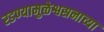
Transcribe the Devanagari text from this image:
रडण्यामुळेश्वसनाच्या